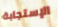
الإستجابة